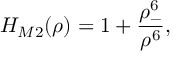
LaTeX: H _ { M 2 } ( \rho ) = 1 + \frac { \rho _ { - } ^ { 6 } } { \rho ^ { 6 } } ,